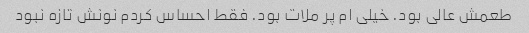
طعمش عالی بود. خیلی ام پر ملات بود. فقط احساس کردم نونش تازه نبود